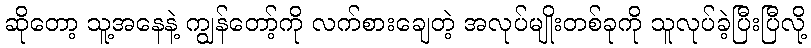
ဆိုတော့ သူ့အနေနဲ့ ကျွန်တော့်ကို လက်စားချေတဲ့ အလုပ်မျိုးတစ်ခုကို သူလုပ်ခဲ့ပြီးပြီလို့